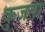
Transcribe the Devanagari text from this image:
कुजता